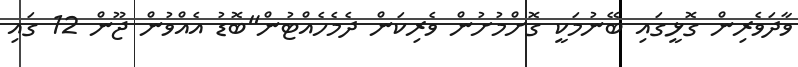
ވާދަވެރިން ގޮޅީގައި ބޭނުމަކީ ގޮށްމުށުން ވެރިކަން ދެމެހެއްޓުން"ބޮޑު އެއްވުން ޖޫން 12 ގައި